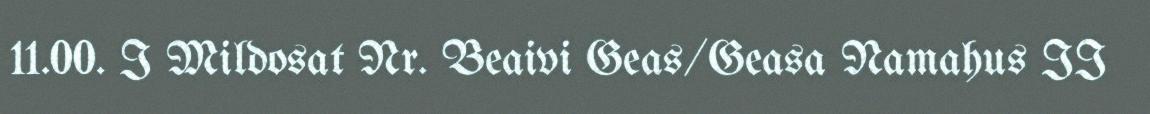
11.00. I Mildosat Nr. Beaivi Geas/Geasa Namahus II